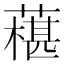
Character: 𦾢